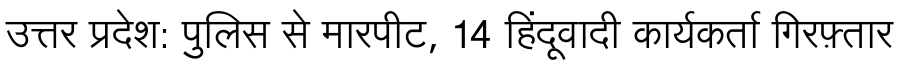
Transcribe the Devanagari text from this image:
उत्तर प्रदेश: पुलिस से मारपीट, 14 हिंदूवादी कार्यकर्ता गिरफ़्तार